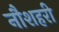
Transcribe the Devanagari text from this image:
नौशहरी